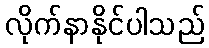
လိုက်နာနိုင်ပါသည်